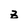
Character: Z